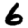
Digit: 6